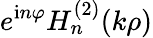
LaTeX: e^{\mathrm{i}n\varphi}H_{n}^{(2)}(k\rho)